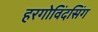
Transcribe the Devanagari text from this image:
हरगोविंदसिंग